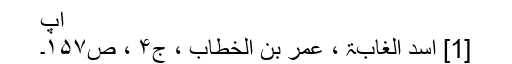
آپ
[1] اسد الغابۃ ، عمر بن الخطاب ، ج۴ ، ص۱۵۷۔